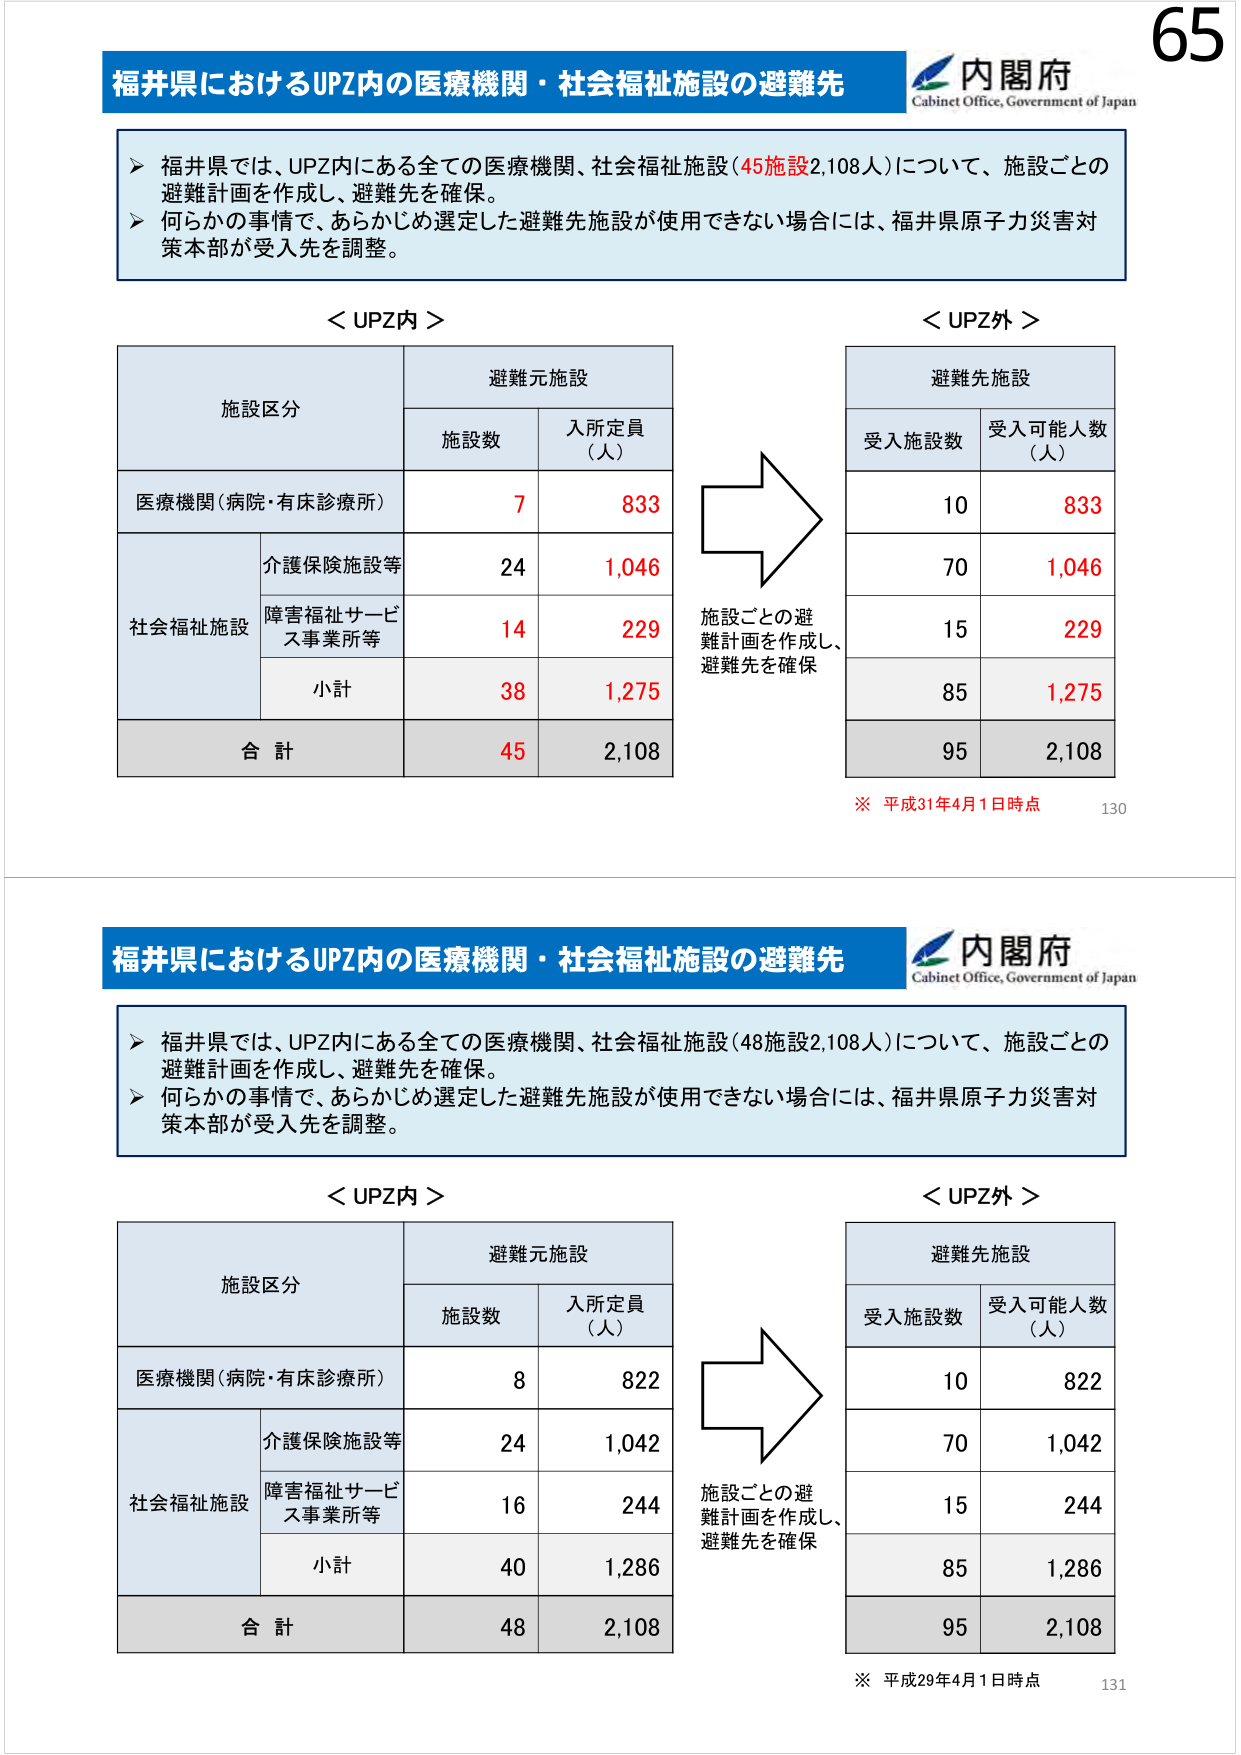
65
福井県におけるUPZ内の医療機関・社会福祉施設の避難先
内閣府
Cabinet Office, Government of Japan
▶ 福井県では、UPZ内にある全ての医療機関、社会福祉施設（45施設2,108人）について、施設ごとの
避難計画を作成し、避難先を確保。
▶ 何らかの事情で、あらかじめ選定した避難先施設が使用できない場合には、福井県原子力災害対
策本部が受入先を調整。
＜UPZ内＞
施設区分
避難元施設
施設数
入所定員
（人）
医療機関（病院・有床診療所）
7
833
社会福祉施設
介護保険施設等
24
1,046
障害福祉サービス事業所等
14
229
小計
38
1,275
合計
45
2,108
＜UPZ外＞
避難先施設
受入施設数
受入可能人数
（人）
10
833
70
1,046
15
229
85
1,275
95
2,108
施設ごとの避
難計画を作成し、
避難先を確保
※ 平成31年4月1日時点
130
福井県におけるUPZ内の医療機関・社会福祉施設の避難先
内閣府
Cabinet Office, Government of Japan
▶ 福井県では、UPZ内にある全ての医療機関、社会福祉施設（48施設2,108人）について、施設ごとの
避難計画を作成し、避難先を確保。
▶ 何らかの事情で、あらかじめ選定した避難先施設が使用できない場合には、福井県原子力災害対
策本部が受入先を調整。
＜UPZ内＞
施設区分
避難元施設
施設数
入所定員
（人）
医療機関（病院・有床診療所）
8
822
社会福祉施設
介護保険施設等
24
1,042
障害福祉サービス事業所等
16
244
小計
40
1,286
合計
48
2,108
＜UPZ外＞
避難先施設
受入施設数
受入可能人数
（人）
10
822
70
1,042
15
244
85
1,286
95
2,108
施設ごとの避
難計画を作成し、
避難先を確保
※ 平成29年4月1日時点
131